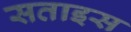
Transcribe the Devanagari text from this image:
सताइस